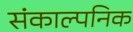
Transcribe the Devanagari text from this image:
संकाल्पनिक